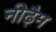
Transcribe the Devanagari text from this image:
नीढ़ैम